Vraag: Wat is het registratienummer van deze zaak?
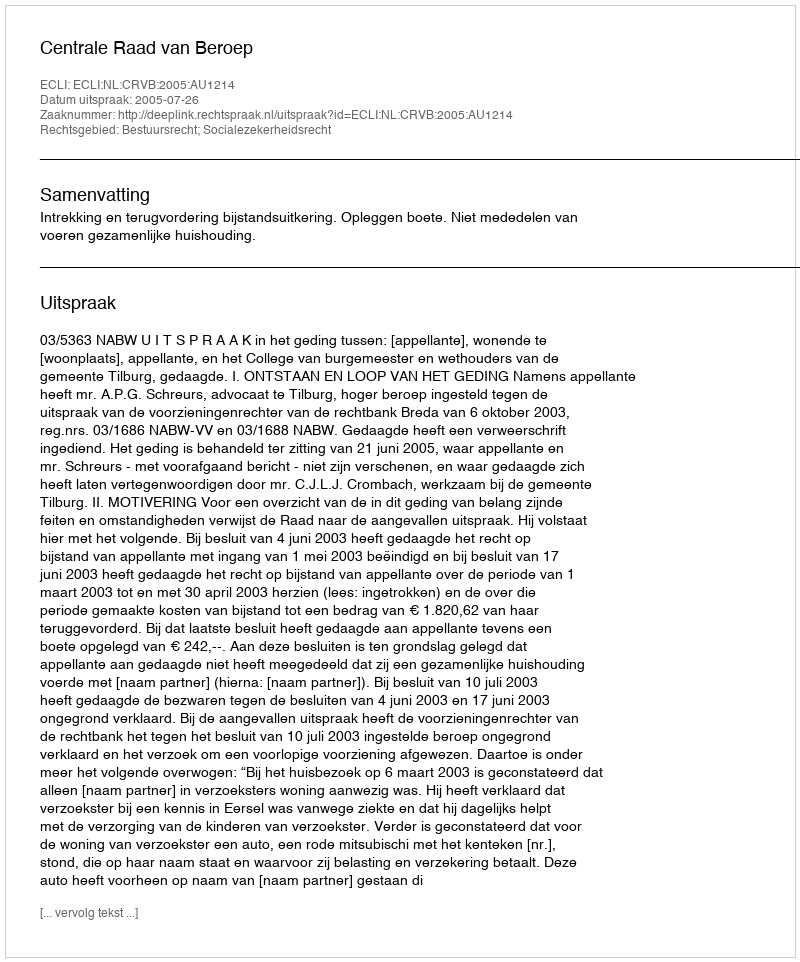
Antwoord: http://deeplink.rechtspraak.nl/uitspraak?id=ECLI:NL:CRVB:2005:AU1214